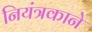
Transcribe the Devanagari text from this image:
नियंत्रकाने